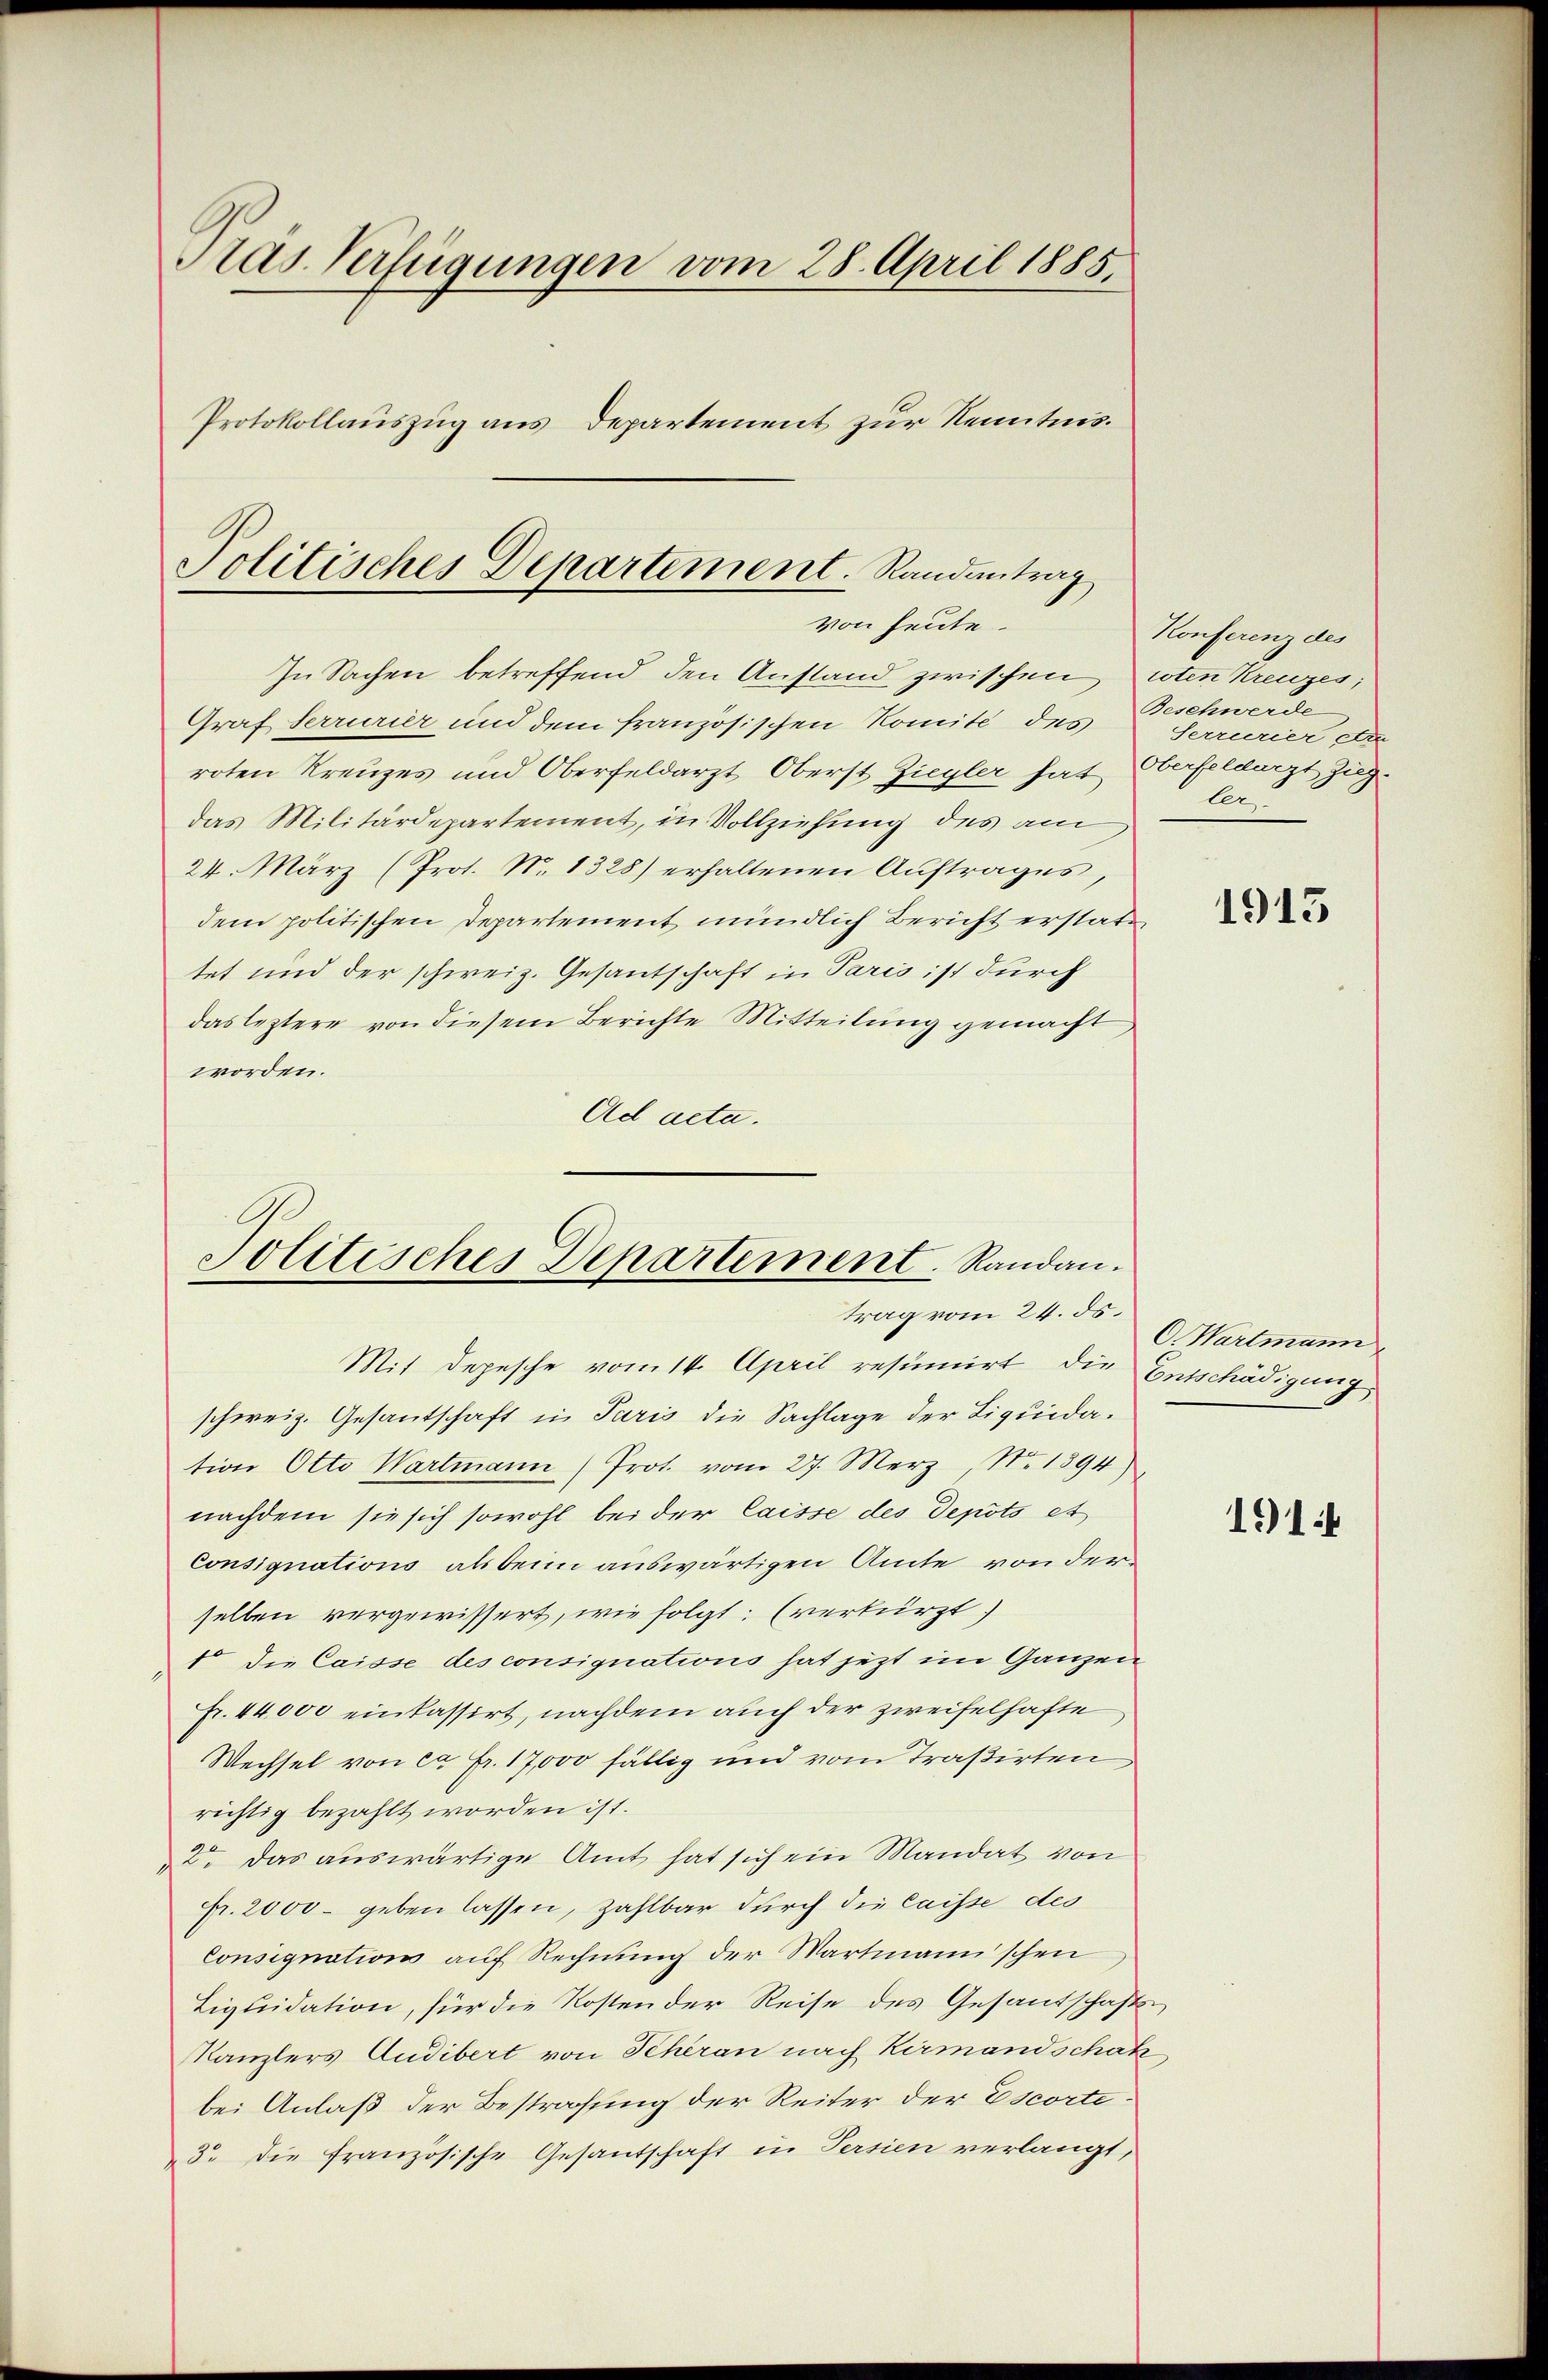
as Verfügungen vom 28. April 1885.
Protokollauszug aus Departement zur Kenntnis.

In Sachen betreffend den Anstand zwischen roten Kreuzes;
Graf Ferrurier und dem französischen Komité des
roten Kreuzes und Oberfeldarzt Oberst Ziegler hat Oberfeldarzt zugdas Militärdepartement, in Vollziehung des am
24. März (Prot. N. 1328) erhaltenen Auftrages,
dem politischen Departement mündlich Bericht erstattet und der schweiz. Gesantschaft in Paris ist durch
das leztere von diesem Berichte Mitteilung gemacht,
worden.
Ad acta.

Politisches Departement. Randantrag
von heute.

Solitisches Departement. Randantrag vom 24. ds.

Mit Depesche vom 14. April resumirt, die Entschädigung
schweiz. Gesantschaft in Paris die Sachlage der Liquidation Otto Wartmann (Prot. vom 27. Merz, No. 1894
nachdem sie sich sowohl bei der laisse des Depots et
Consignations als beim auswärtigen Amte von derselben vergewissert, wie folgt: (verkürzt.
1 die Caisse des consignations hat jetzt im Ganzen
Fr. 44,000 einkassirt, nachdem auch der zweifelhafte
Wechsel von ca Fr. 17,000 fällig und vom Traßirten
richtig bezahlt worden ist.
2o. Das auswärtige Amt hat sich ein Mandat von
Fr. 2000 - geben lassen, zahlbar durch die Caisse des
Consignation auf Rechnung der Wartmannschen
Liquidation, für die Kosten der Reise des Gesandtschafts
Kanzlers Audibert von Scheran nach Kirmandschak
bei Anlaß der Bestrafung der Reiter der Escorti¬
5. die französische Gesandtschaft in Persien verlangt,

Konferenz des
Beschwerde
Serrurier Ar
ler.

1915

C. Wartmann

191